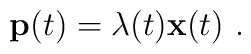
{\bf p}(t)=\lambda (t){\bf x}(t)\ .